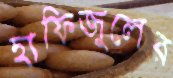
হাফিজুলের